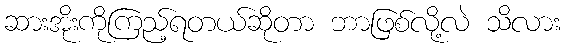
ဆားအိုးကိုကြည့်ရတယ်ဆိုတာ ဘာဖြစ်လို့လဲ သိလား